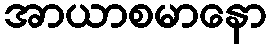
အာယာစမာနော